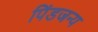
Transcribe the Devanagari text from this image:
पिंडजन्य